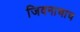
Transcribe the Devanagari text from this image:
जिवनाचाच